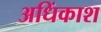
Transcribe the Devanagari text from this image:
अधिंकाश